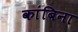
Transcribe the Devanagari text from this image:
कांबिना